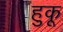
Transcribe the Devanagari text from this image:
हुकू